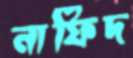
নাফিদ